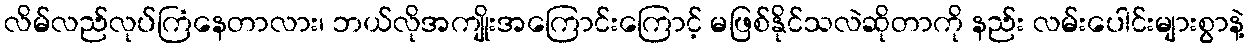
လိမ်လည်လုပ်ကြံနေတာလား၊ ဘယ်လိုအကျိုးအကြောင်းကြောင့် မဖြစ်နိုင်သလဲဆိုတာကို နည်း လမ်းပေါင်းများစွာနဲ့